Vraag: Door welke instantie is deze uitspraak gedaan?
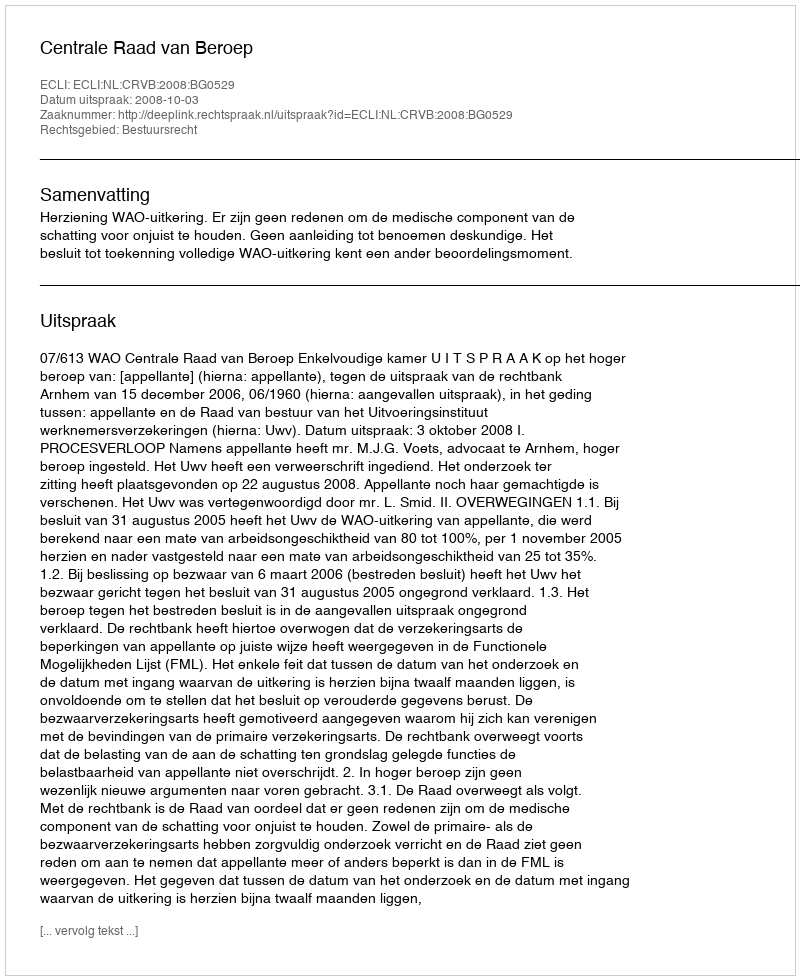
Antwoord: Centrale Raad van Beroep